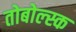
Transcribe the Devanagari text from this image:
तोबोल्स्क